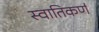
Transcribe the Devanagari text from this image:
स्वातिकर्ण